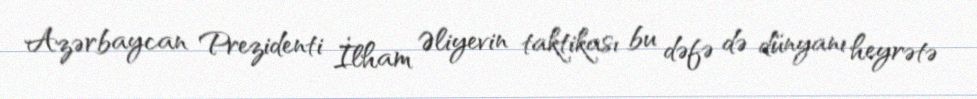
Azərbaycan Prezidenti İlham Əliyevin taktikası bu dəfə də dünyanı heyrətə